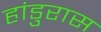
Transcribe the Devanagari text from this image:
हांडुरास